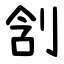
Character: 㓧